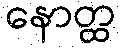
နောတ္ထ